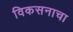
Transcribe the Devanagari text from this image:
विकसनाचा